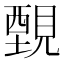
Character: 䚈